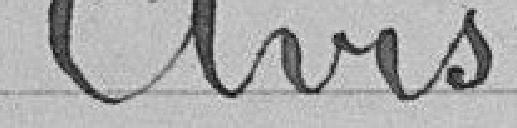
Avis